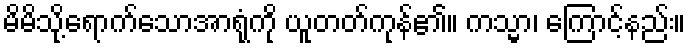
မိမိသို့ရောက်သောအာရုံကို ယူတတ်ကုန်၏။ ကသ္မာ၊ ကြောင့်နည်း။